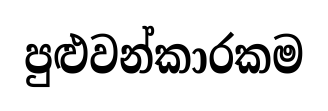
පුළුවන්කාරකම